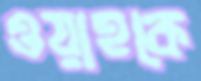
ওয়াহকে